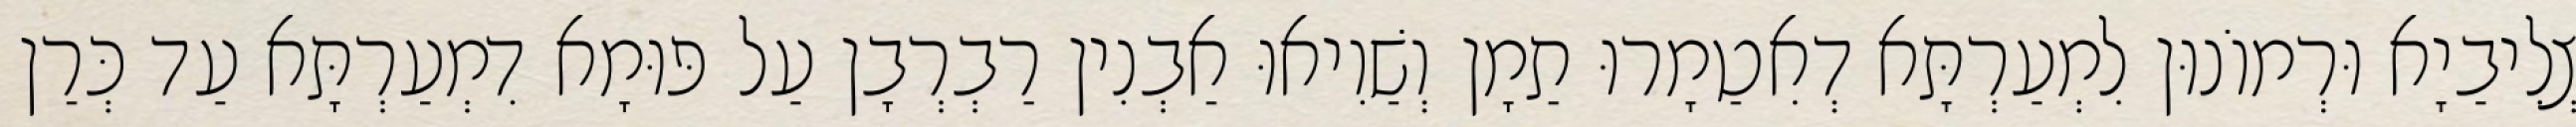
צְלִיבַיָא וּרְמוֹנוּן לִמְעַרְתָּא דְאִטַמָרוּ תַמָן וְשַׁוִיאוּ אַבְנִין רַבְרְבָן עַל פּוּמָא דִמְעַרְתָּא עַד כְּרַן